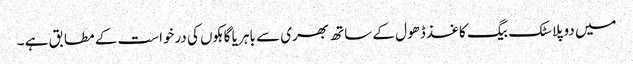
میں دو پلاسٹک بیگ کاغذ ڈھول کے ساتھ بھری سے باہر یا گاہکوں کی درخواست کے مطابق ہے ۔